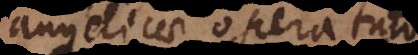
angelicae opera tuto